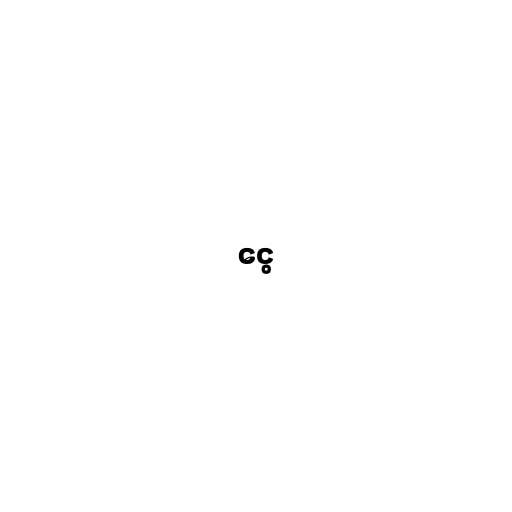
ငွေ